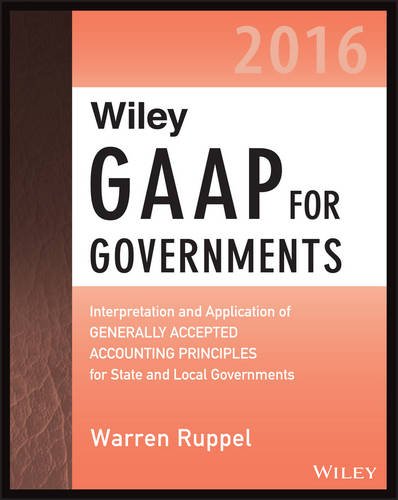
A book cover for Wiley GAAP for Governments 2016: Interpretation and Application of Generally Accepted Accounting Principles for State and Local Governments (Wiley Regulatory Reporting); Warren Ruppel; Test Preparation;